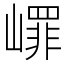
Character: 嶵